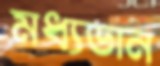
মধ্যডান